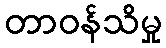
တာဝန်သိမှု